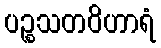
ပဉ္စသတဝိဟာရံ